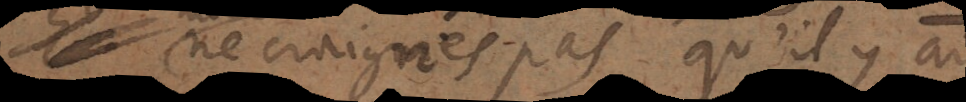
ne craignés pas qu’il y a